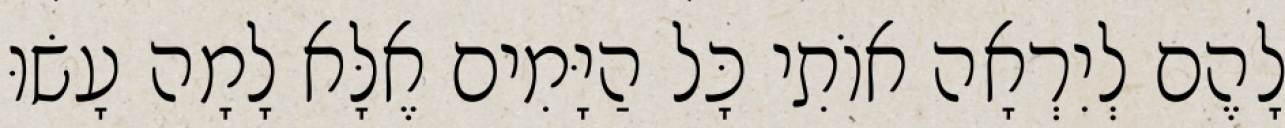
לָהֶם לְיִרְאָה אוֹתִי כָּל הַיָּמִים אֶלָּא לָמָה עָשׂוּ